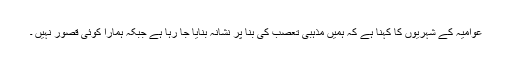
عوامیہ کے شہریوں کا کہنا ہے کہ ہمیں مذہبی تعصب کی بنا پر نشانہ بنایا جا رہا ہے جبکہ ہمارا کوئی قصور نہیں ۔